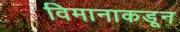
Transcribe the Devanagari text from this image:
विमानाकडून